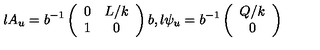
l A _ { u } = b ^ { - 1 } \left( \begin{array} { c c } { 0 } & { L / k } \\ { 1 } & { 0 } \\ \end{array} \right) b , l \psi _ { u } = b ^ { - 1 } \left( \begin{array} { c } { Q / k } \\ { 0 } \\ \end{array} \right)